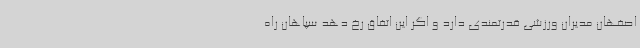
اصفهان مدیران ورزشی قدرتمندی دارد و اگر این اتفاق رخ دهد سپاهان راه